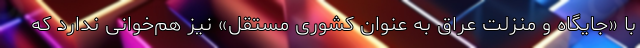
با «جایگاه و منزلت عراق به عنوان کشوری مستقل» نیز هم‌خوانی ندارد که